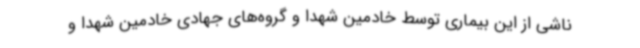
ناشی از این بیماری توسط خادمین شهدا و گروه‌های جهادی خادمین شهدا و